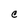
Character: C